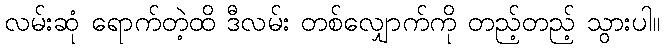
လမ်းဆုံ ရောက်တဲ့ထိ ဒီလမ်း တစ်လျှောက်ကို တည့်တည့် သွားပါ။